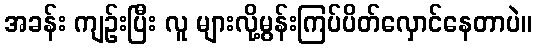
အခန်း ကျဉ်းပြီး လူ များလို့မွန်းကြပ်ပိတ်လှောင်နေတာပဲ။